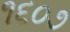
૧૬૦૭